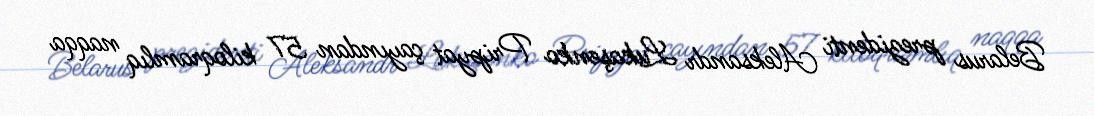
Belarus prezidenti Aleksandr Lukaşenko Pripyat çayından 57 kiloqramlıq naqqa